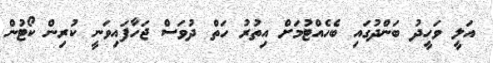
އަލީ ވަހީދު ބަންދުގައި ބެހެއްޓުމަށް އިތުރު ހަތް ދުވަސް ޖަހާފައިވަނީ ކުރިން ކޯޓުން